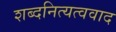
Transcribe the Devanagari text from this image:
शब्दनित्यत्ववाद